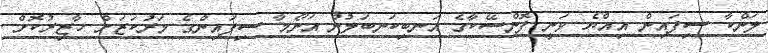
ލަންކާ ސިފައިން އިއްޔެ ވަނީ ފޮންސޭކާގެ އަނބިކަނބަލުން އަނޯމާ ސިފައިންގެ މަރުކަޒަށް ހާޒިރުކޮށް